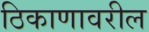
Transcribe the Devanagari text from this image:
ठिकाणावरील